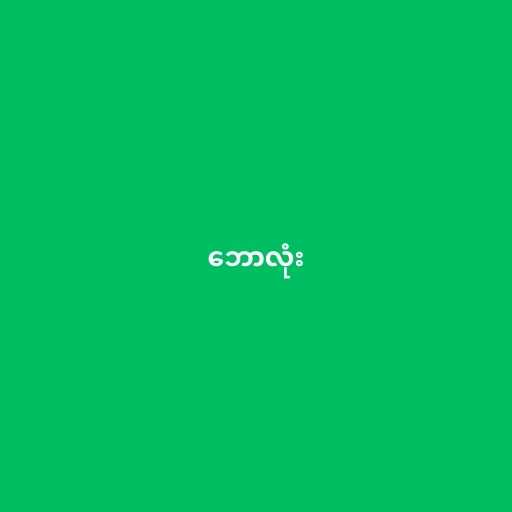
ဘောလုံး